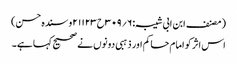
(مصنف ابن ابی شیبہ:۶؍۳۰۹ح۲۱۱۲۳و سندہ حسن)
اس اثر کو امام حاکم اور ذہبی دونوں نے صحیح کہا ہے۔